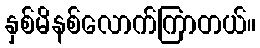
နှစ်မိနစ်လောက်ကြာတယ်။